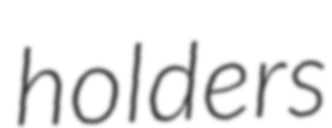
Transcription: holders